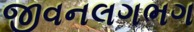
જીવનલગભગ